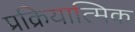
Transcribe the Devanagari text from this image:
प्रक्रियात्मिक